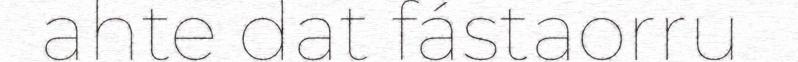
ahte dat fástaorru